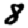
Digit: 8